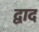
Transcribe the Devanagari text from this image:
द्वाद